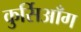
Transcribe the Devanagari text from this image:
कुर्सिआँग